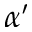
\alpha ^ { \prime }